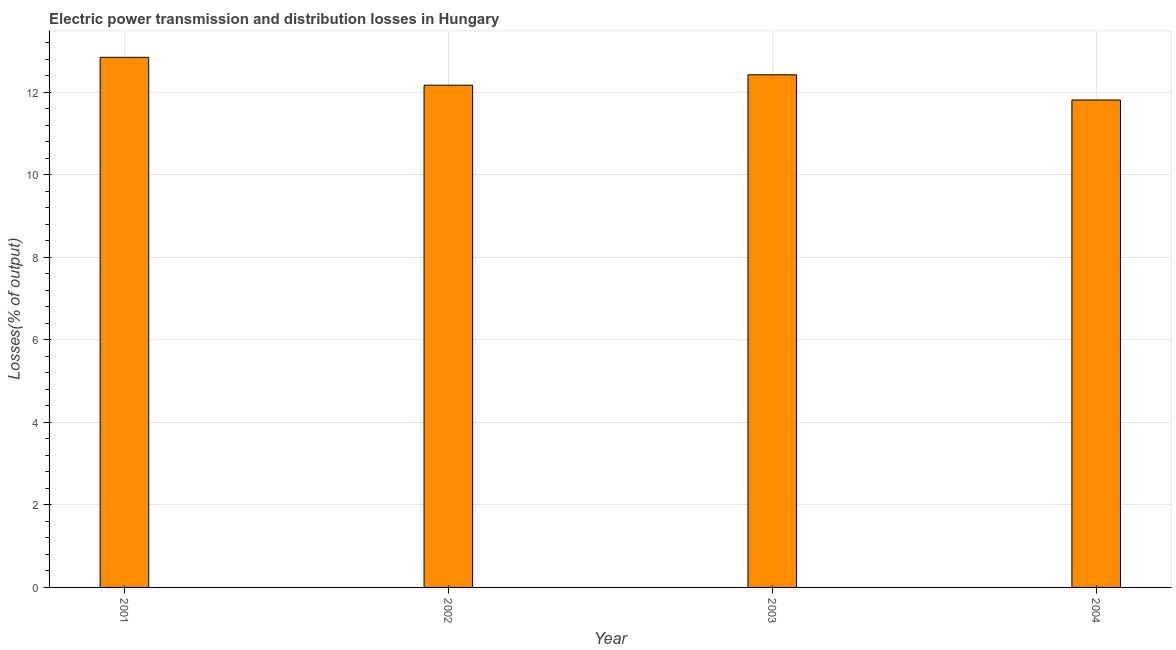
| Year | Electric power transmission and distribution losses |
 | --- | --- |
 | 2001 | 12.8 |
 | 2002 | 12.2 |
 | 2003 | 12.4 |
 | 2004 | 11.8 |